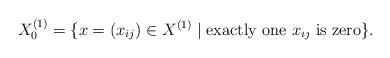
LaTeX: \begin{align*} X_0^{(1)}=\{ x=(x_{ij})\in X^{(1)} \mid \textrm{exactly one $x_{\imath \jmath}$ is zero} \} .\end{align*}